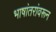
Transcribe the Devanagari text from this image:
भाषांतरांवरून